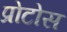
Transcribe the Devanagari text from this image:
प्रोटोस